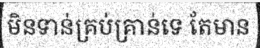
មិនទាន់គ្រប់គ្រាន់ទេ តែមាន